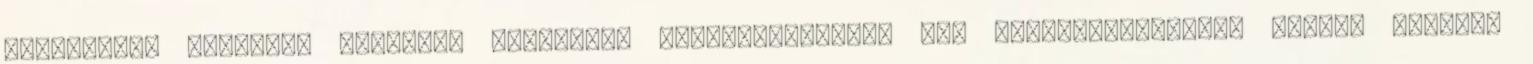
dokumentum alapjául szolgáló Összevont Alaptájékoztató két alaptájékoztatót foglal magában